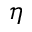
\eta